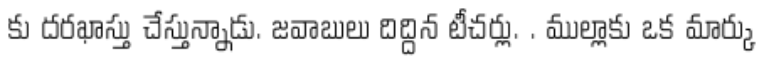
కు దరఖాస్తు చేస్తున్నాడు. జవాబులు దిద్దిన టీచర్లు. . ముల్లాకు ఒక మార్కు